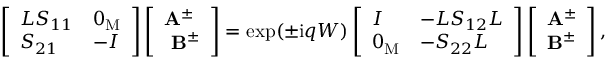
\left[ \begin{array} { l l } { L S _ { 1 1 } } & { 0 _ { \mathrm { M } } } \\ { S _ { 2 1 } } & { - I } \end{array} \right] \left[ \begin{array} { l } { \mathbf { A } ^ { \pm } } \\ { \ \mathbf { B } ^ { \pm } } \end{array} \right] = \exp ( \pm \mathrm { i } q W ) \left[ \begin{array} { l l } { I } & { - L S _ { 1 2 } L } \\ { 0 _ { \mathrm { M } } } & { - S _ { 2 2 } L } \end{array} \right] \left[ \begin{array} { l } { \mathbf { A } ^ { \pm } } \\ { \mathbf { B } ^ { \pm } } \end{array} \right] ,